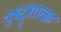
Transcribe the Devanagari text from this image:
उष्ट्र्शाळा